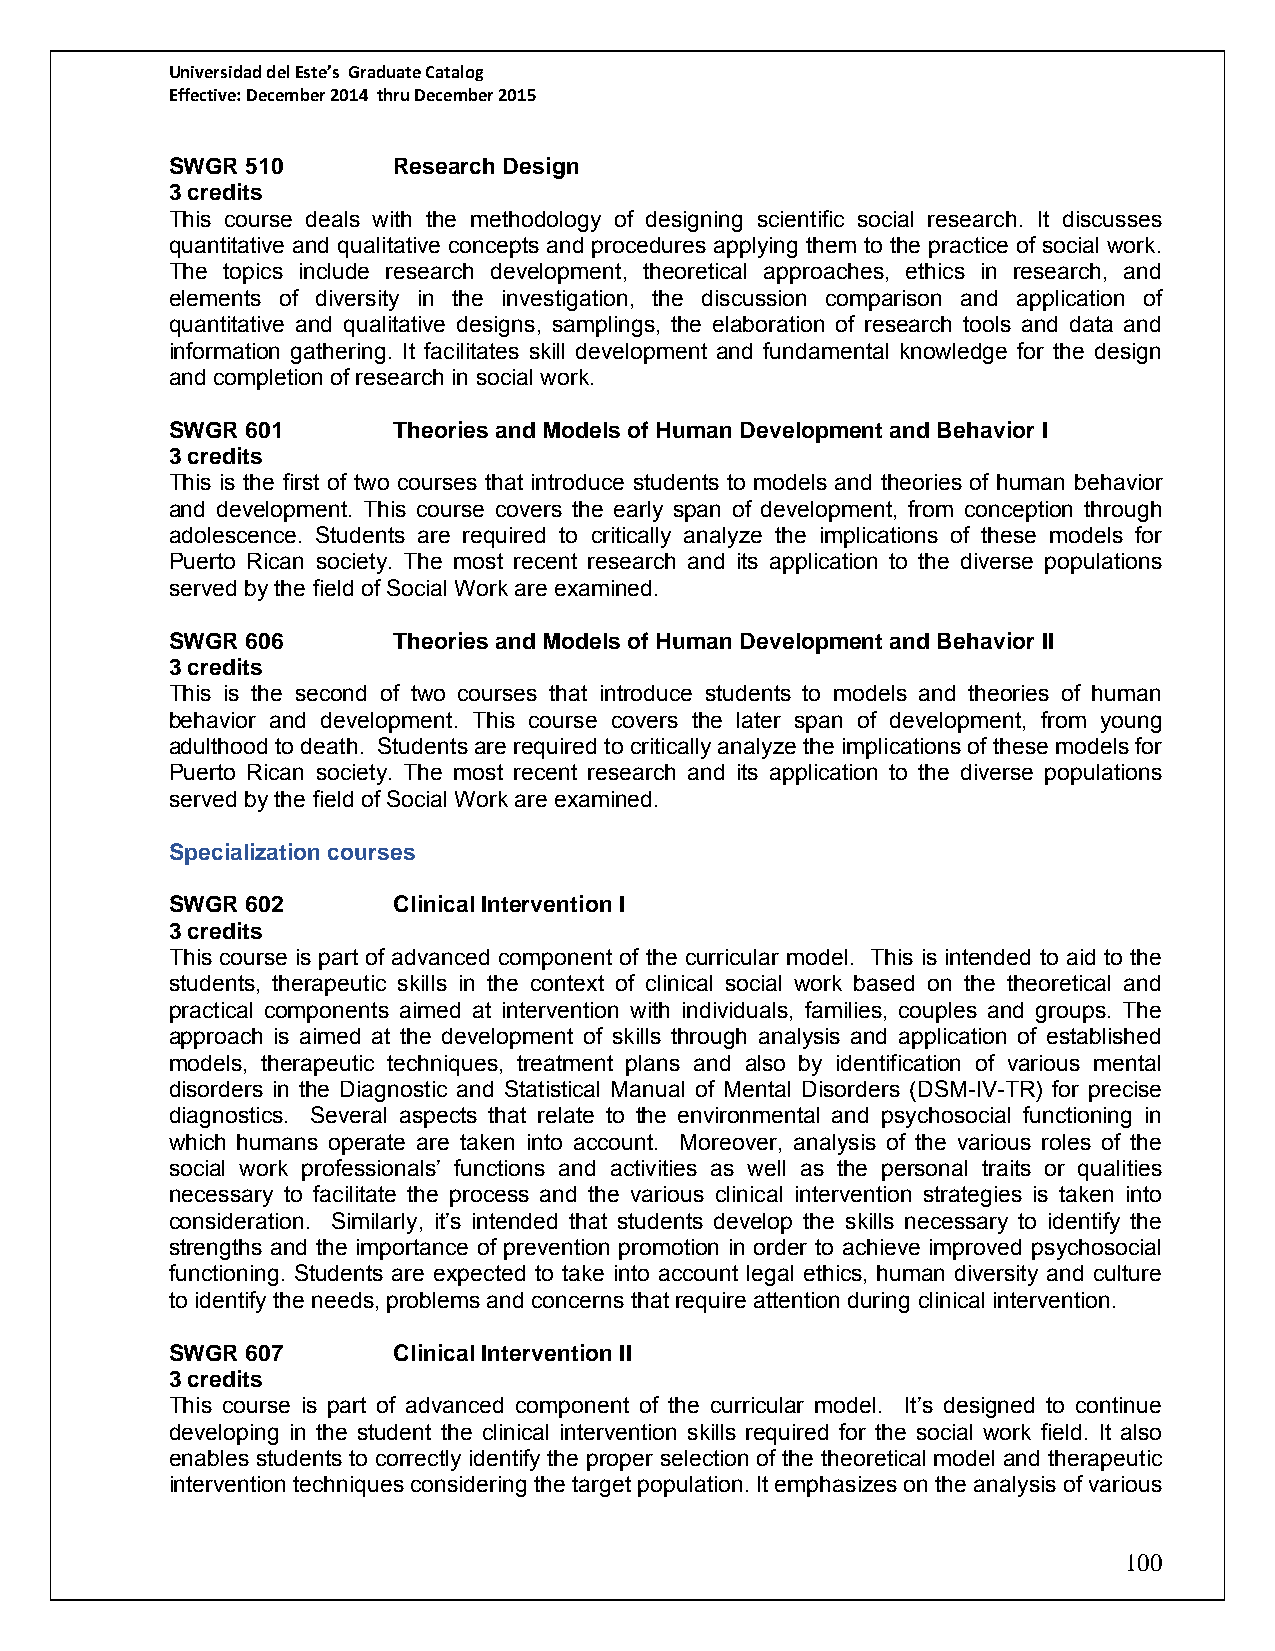
Universidad del Este’s Graduate Catalog
 Effective: December 2014 thru December 2015
 SWGR 510       Research Design
 3 credits
 This course deals with the methodology of designing scientific social research. It discusses
 quantitative and qualitative concepts and procedures applying them to the practice of social work.
 The topics include research development, theoretical approaches, ethics in research, and
 elements of diversity in the investigation, the discussion comparison and application of
 quantitative and qualitative designs, samplings, the elaboration of research tools and data and
 information gathering. It facilitates skill development and fundamental knowledge for the design
 and completion of research in social work.
 SWGR 601       Theories and Models of Human Development and Behavior I
 3 credits
 This is the first of two courses that introduce students to models and theories of human behavior
 and development. This course covers the early span of development, from conception through
 adolescence. Students are required to critically analyze the implications of these models for
 Puerto Rican society. The most recent research and its application to the diverse populations
 served by the field of Social Work are examined.
 SWGR 606       Theories and Models of Human Development and Behavior II
 3 credits
 This is the second of two courses that introduce students to models and theories of human
 behavior and development. This course covers the later span of development, from young
 adulthood to death. Students are required to critically analyze the implications of these models for
 Puerto Rican society. The most recent research and its application to the diverse populations
 served by the field of Social Work are examined.
 Specialization courses
 SWGR 602       Clinical Intervention I
 3 credits
 This course is part of advanced component of the curricular model. This is intended to aid to the
 students, therapeutic skills in the context of clinical social work based on the theoretical and
 practical components aimed at intervention with individuals, families, couples and groups. The
 approach is aimed at the development of skills through analysis and application of established
 models, therapeutic techniques, treatment plans and also by identification of various mental
 disorders in the Diagnostic and Statistical Manual of Mental Disorders (DSM-IV-TR) for precise
 diagnostics. Several aspects that relate to the environmental and psychosocial functioning in
 which humans operate are taken into account. Moreover, analysis of the various roles of the
 social work professionals’ functions and activities as well as the personal traits or qualities
 necessary to facilitate the process and the various clinical intervention strategies is taken into
 consideration. Similarly, it’s intended that students develop the skills necessary to identify the
 strengths and the importance of prevention promotion in order to achieve improved psychosocial
 functioning. Students are expected to take into account legal ethics, human diversity and culture
 to identify the needs, problems and concerns that require attention during clinical intervention.
 SWGR 607       Clinical Intervention II
 3 credits
 This course is part of advanced component of the curricular model. It’s designed to continue
 developing in the student the clinical intervention skills required for the social work field. It also
 enables students to correctly identify the proper selection of the theoretical model and therapeutic
 intervention techniques considering the target population. It emphasizes on the analysis of various
 100